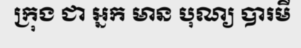
ក្រុង ជា អ្នក មាន បុណ្យ បារមី